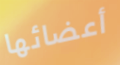
أعضائها